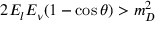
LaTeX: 2 E _ { l } E _ { \nu } ( 1 - \cos \theta ) > m _ { D } ^ { 2 }